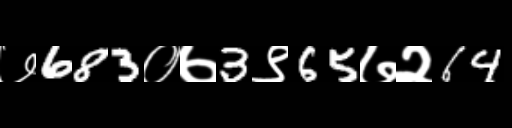
Text: ७683०७3९65७२64